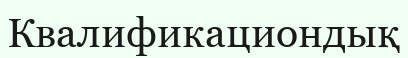
Квалификациондық